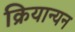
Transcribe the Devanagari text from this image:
क्रियान्यन